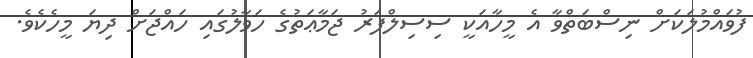
ފުވައްމުލަކަށް ނިސްބަތްވާ އެ މީހާއަކީ ސިސިލްފަރު ޖަމާޢަތުގެ ހަވާލުގައި ހައްޖަށް ދިޔަ މީހެކެވެ.